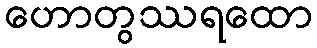
ဟောတွဿရထော